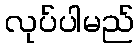
လုပ်ပါမည်